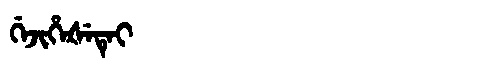
Manchu: ᡤᡝᠵᡳᡥᡝᡧᡝᡨᡝᡳ
Romanization: GEJIHEŠETEI